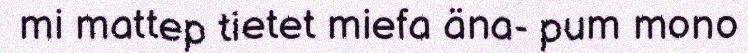
mi mattep tietet miefa äna- pum mono